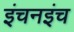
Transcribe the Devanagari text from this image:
इंचनइंच